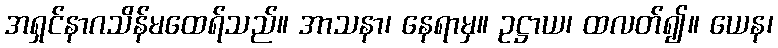
အရှင်နာဂသိန်မထေရ်သည်။ အာသနာ၊ နေရာမှ။ ဥဋ္ဌာယ၊ ထလတ်၍။ ယေန၊